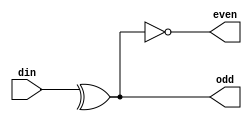
module checker(
	input [8:0] din,
	output odd,even
);

	assign odd = ^din;
	assign even = !odd;

endmodule